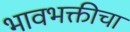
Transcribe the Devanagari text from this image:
भावभक्तीचा